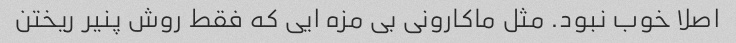
اصلا خوب نبود. مثل ماکارونی بی مزه ایی که فقط روش پنیر ریختن